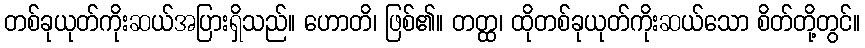
တစ်ခုယုတ်ကိုးဆယ်အပြားရှိသည်။ ဟောတိ၊ ဖြစ်၏။ တတ္ထ၊ ထိုတစ်ခုယုတ်ကိုးဆယ်သော စိတ်တို့တွင်။